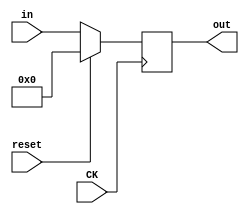
`timescale 1ns / 1ps
//////////////////////////////////////////////////////////////////////////////////
// Company: 
// Engineer: 
// 
// Design Name: 
// Module Name: reg_6b
// Project Name: 
// Target Devices: 
// Tool Versions: 
// Description: 
// 
// Dependencies: 
// 
// Revision:
// Revision 0.01 - File Created
// Additional Comments:
// 
//////////////////////////////////////////////////////////////////////////////////


module reg_6b(output reg [5:0] out,
              input [5:0] in,
              input reset,
              input CK);
              
              always @ (posedge CK)
              if(reset) out <= 0;
                    else out <= in ;
endmodule